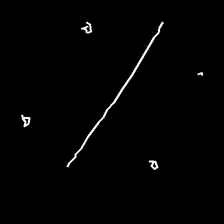
Glyph: cool